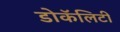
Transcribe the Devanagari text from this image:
डोकॅलिटी